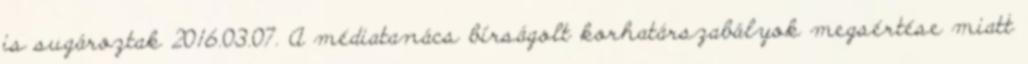
is sugároztak 2016.03.07. A médiatanács bírságolt korhatárszabályok megsértése miatt